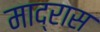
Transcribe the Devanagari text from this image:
माद्रास